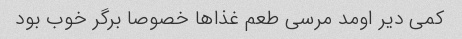
کمی دیر اومد مرسی طعم غذاها خصوصا برگر خوب بود